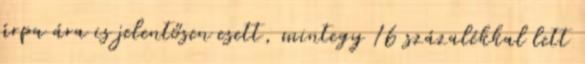
árpa ára is jelentősen esett, mintegy 16 százalékkal lett